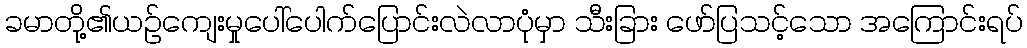
ခမာတို့၏ယဉ်ကျေးမှုပေါ်ပေါက်ပြောင်းလဲလာပုံမှာ သီးခြား ဖော်ပြသင့်သော အကြောင်းရပ်